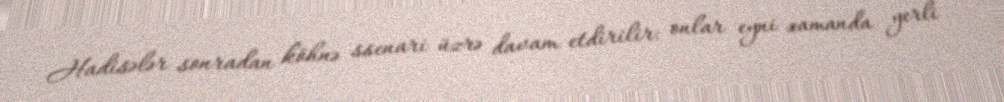
Hadisələr sonradan köhnə ssenari üzrə davam etdirilir: onlar eyni zamanda yerli